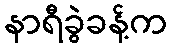
နာရီခွဲခန့်က